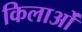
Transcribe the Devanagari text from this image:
किलाओं